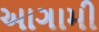
આગામી